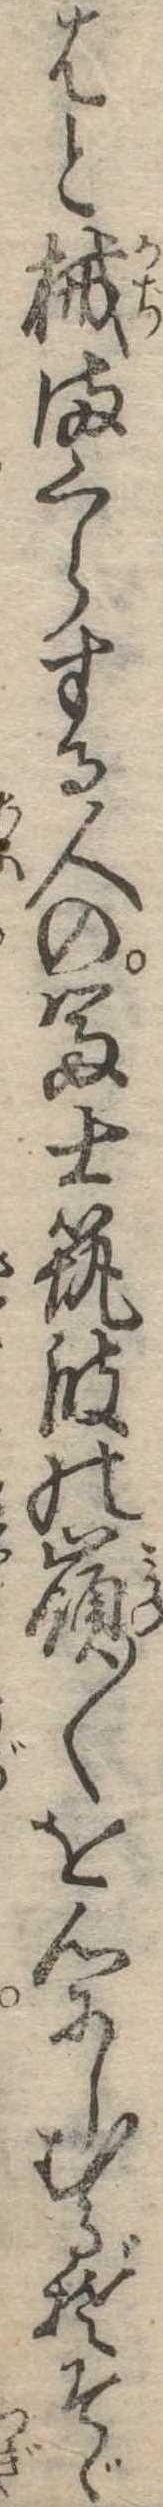
はと械まくらする人の富士筑波の嶺〱を心にしむるぞそゞ